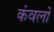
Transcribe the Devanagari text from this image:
कंवलों